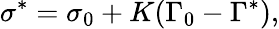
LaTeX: \sigma^{*}=\sigma_{0}+K(\Gamma_{0}-\Gamma^{*}),